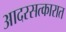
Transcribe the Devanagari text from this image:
आदरसत्कारात